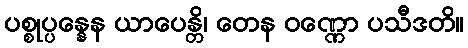
ပစ္စုပ္ပန္နေန ယာပေန္တိ၊ တေန ဝဏ္ဏော ပသီဒတိ။